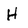
Character: H